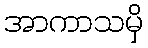
အာကာသမှိ